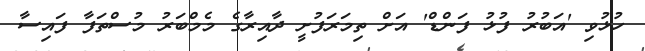
ހުޅުވި 'އަބުރު ފުޅު ފަންޑް' އަށް ތިމަރަފުށީ ދާއިރާގެ މެމްބަރު މުސްތަފާ ފައިސާ